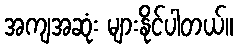
အကျအဆုံး များနိုင်ပါတယ်။